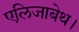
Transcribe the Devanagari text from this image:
एलिजाबेथ।